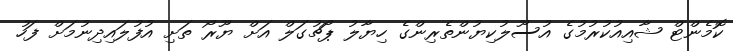
ކޮމެންޓް ޝާއިއުކުރުމުގެ އުސޫލުކިޔުންތެރިންގެ ހިޔާލު ޕޯޗުގަލް އަށް ޔޫރޯ ތަށި އުފުލައިދިނުމަށް ފަހު